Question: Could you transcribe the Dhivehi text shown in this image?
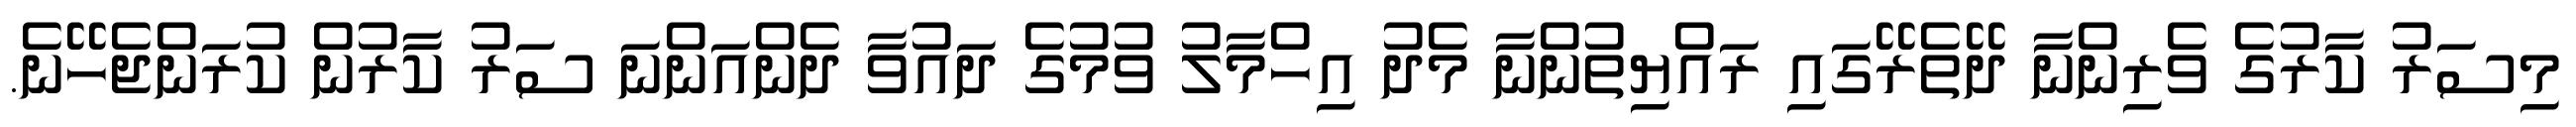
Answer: މިސަރު ކާރުގެ ވެރިންނާ ދޭތެރޭގައި ރައްޔިތުންނާ މެދު އިހްމާލު ވުމުގެ ދައުވާ ދެންއަންނަ ސަރު ކާރުން ކުރަންޖެހޭނެ.